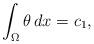
LaTeX: \begin{align*}\int_{\Omega}\theta\,dx =c_1, \end{align*}